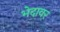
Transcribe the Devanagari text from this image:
भेदावर